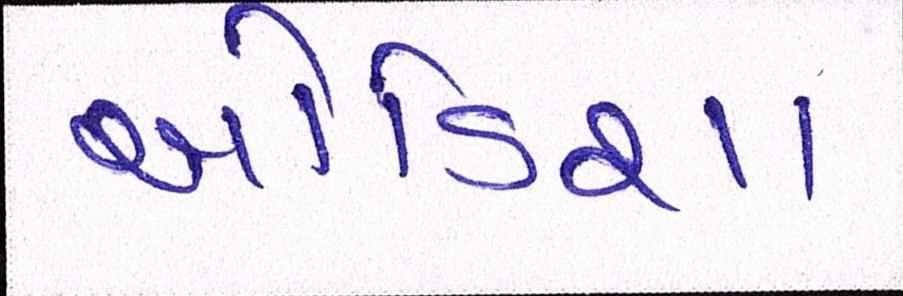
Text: ઓડિશા